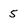
Character: 5